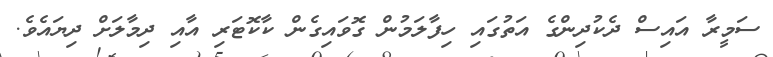
ސަމީރާ އައިސް ދެކުދިންގެ އަތުގައި ހިފާލަމުން ގޮވައިގެން ކާކޮޓަރި އާއި ދިމާލަށް ދިޔައެވެ.